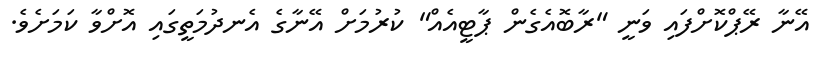
އޭނާ ރޭޕްކޮށްފައި ވަނީ "ރާބޮއެގެން ޕާޓީއެއް" ކުރުމަށް އޭނާގެ އެނދުމަތީގައި އޮށްވާ ކަމަށެވެ.